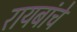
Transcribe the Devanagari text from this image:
रायबांचे